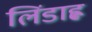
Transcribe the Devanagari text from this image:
लिंडाह्ल